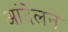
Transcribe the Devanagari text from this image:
आंदेलन